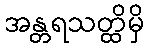
အန္တရသတ္ထိမှိ